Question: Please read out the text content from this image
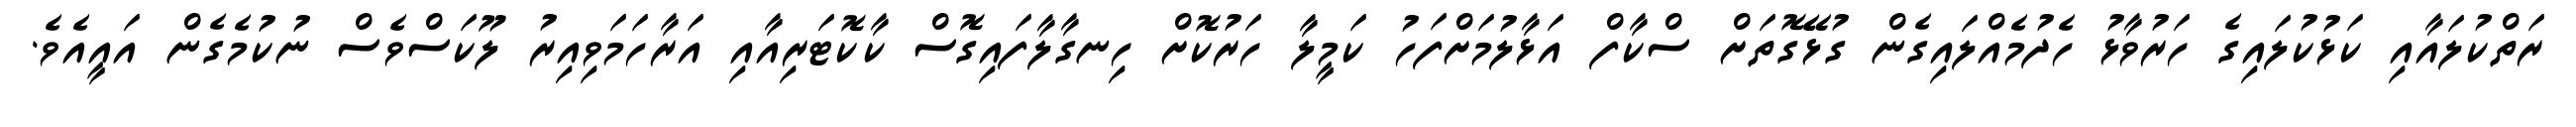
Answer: ރަތްކުލައާއި ކަޅުކުލައިގެ ހަރުވާޅު ހެދުމެއްލައިގެން ގުޅޭގޮތަށް ސްކާފް އަޅާލުމަށްފަހު ކަމީލާ ހަރުކޮށް ހިނގާލާފައިގޮސް ކާކޮޓަރިއާއި އަރާހަމަވިއިރު ލޫކަސްވެސް ނުކުމެގެން އައީއެވެ.